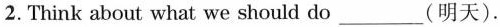
2.Think about what we should do____(明天).